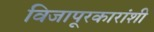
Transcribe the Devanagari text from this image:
विजापूरकारांशी